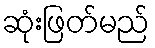
ဆုံးဖြတ်မည်